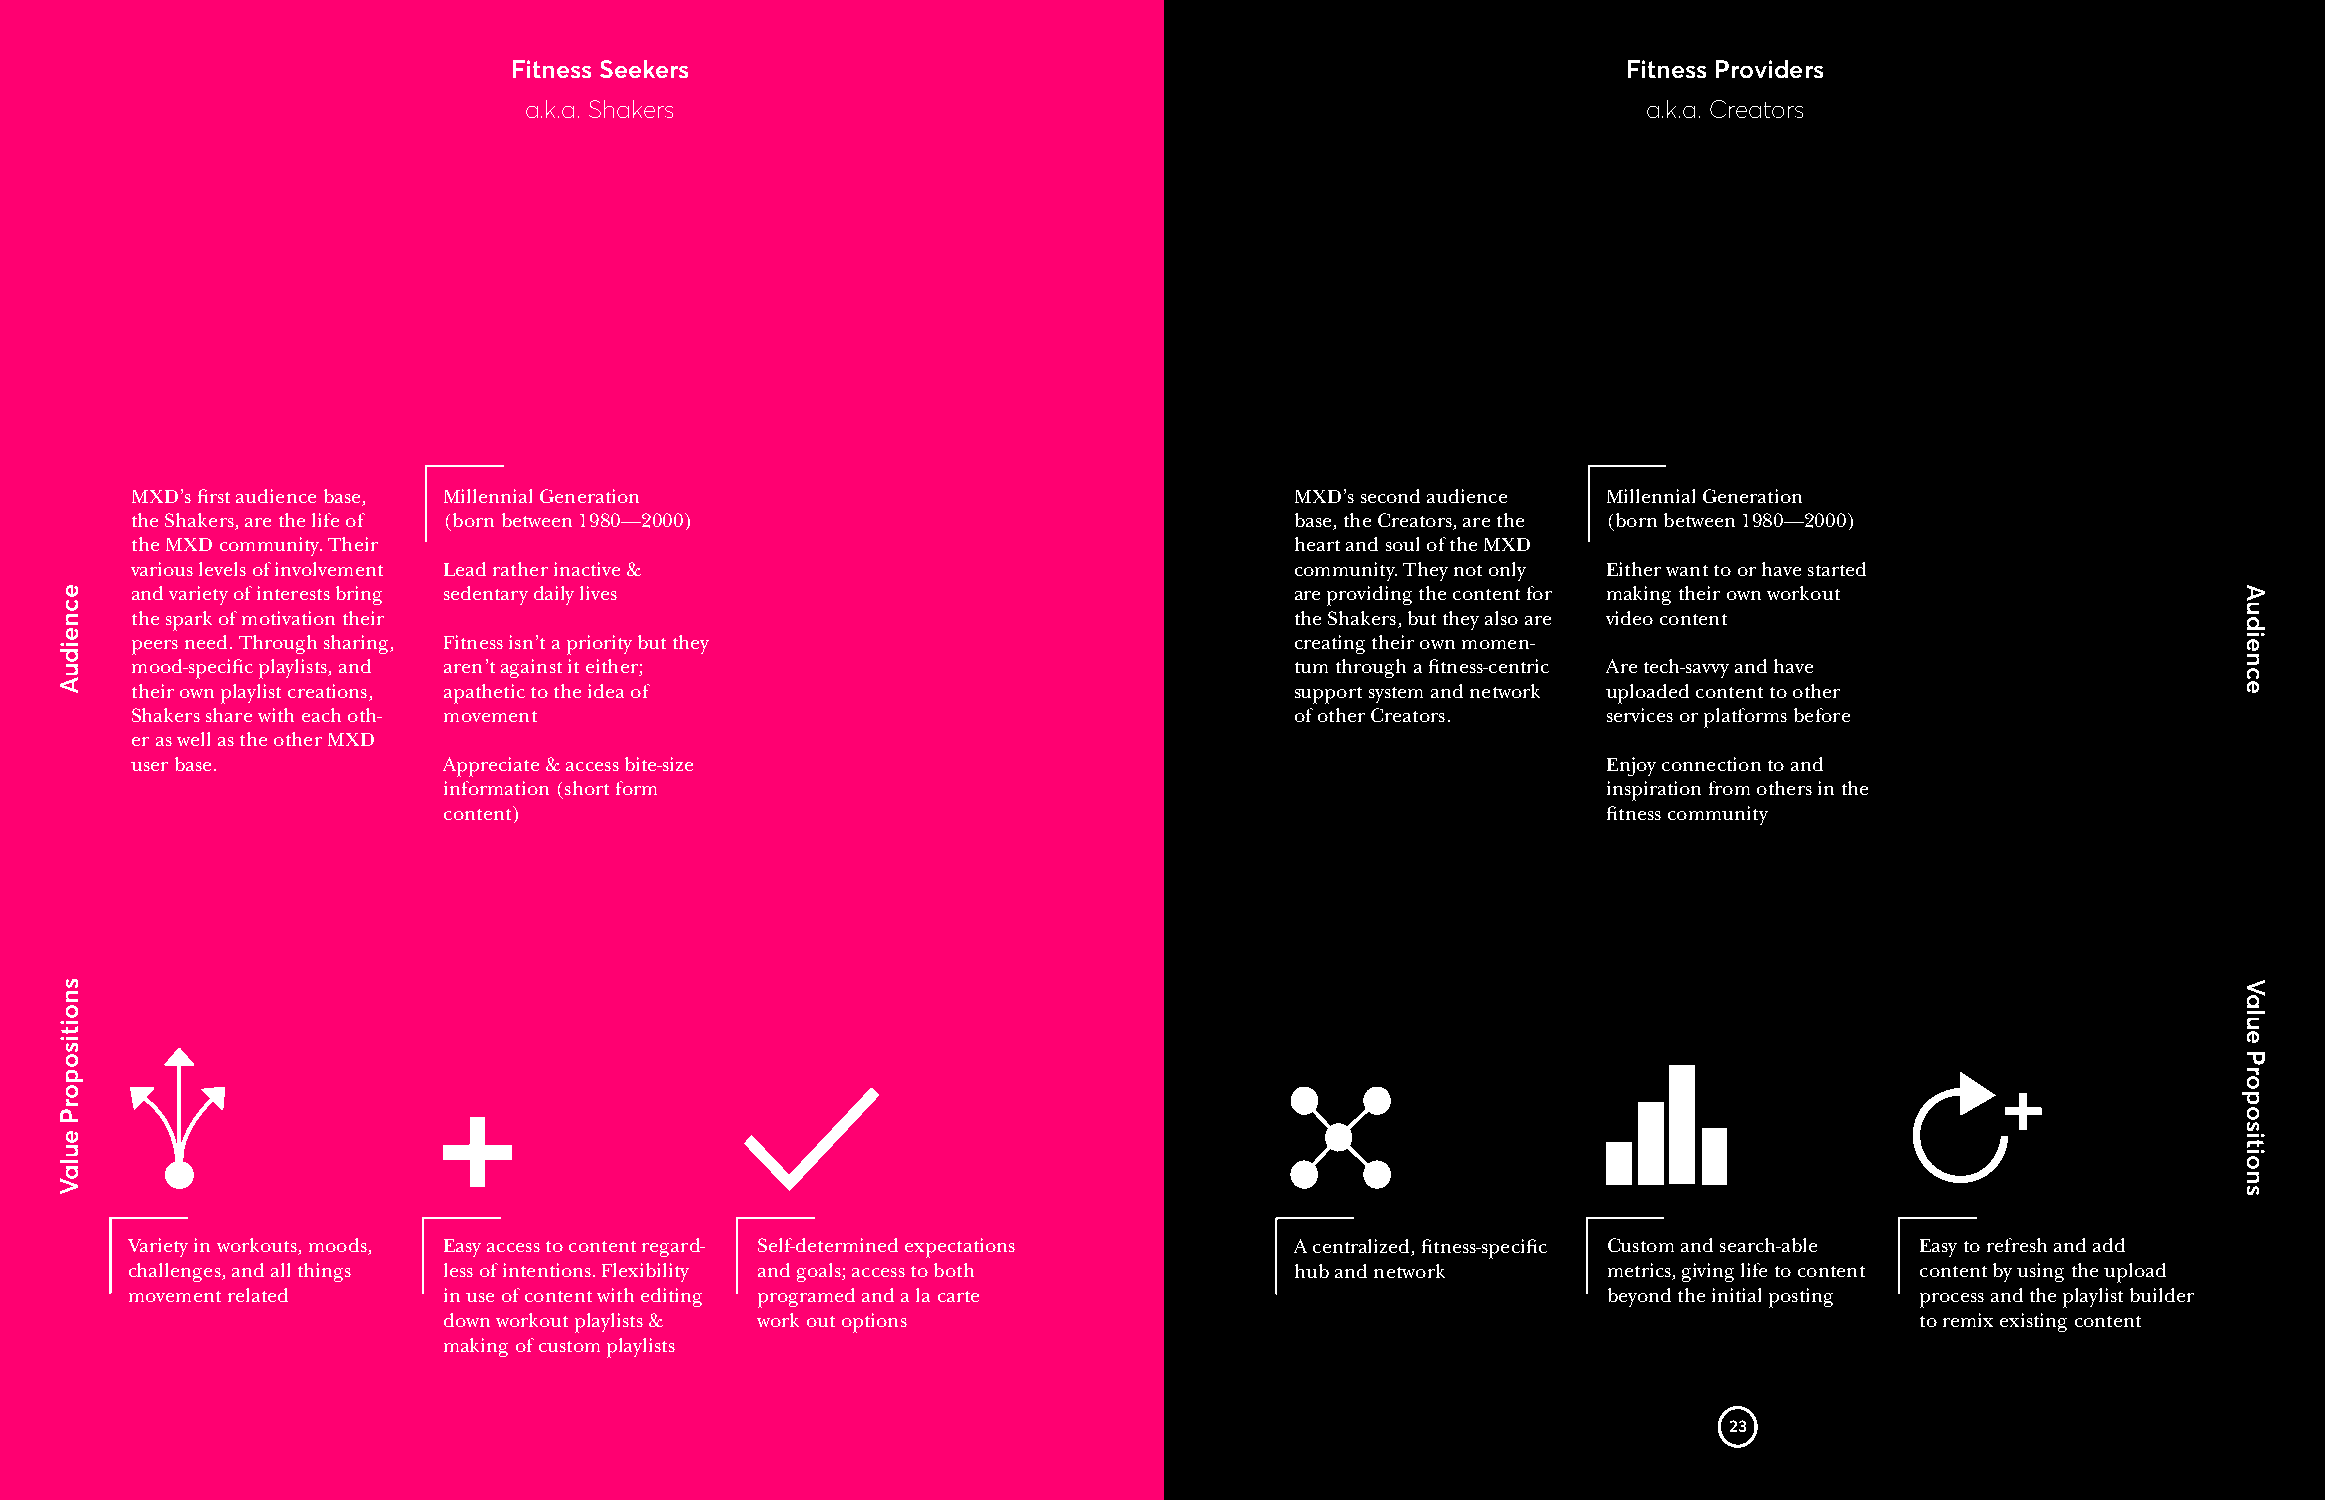
Fitness Seekers                                                           Fitness Providers
 a.k.a. Shakers                                                            a.k.a. Creators
 MXD’s first audience base, Millennial Generation                             MXD’s second audience Millennial Generation
 the Shakers, are the life of (born between 1980—2000)                        base, the Creators, are the (born between 1980—2000)
 the MXD community. Their                                                     heart and soul of the MXD
 various levels of involvement Lead rather inactive &                         community. They not only Either want to or have started
 and variety of interests bring sedentary daily lives                         are providing the content for making their own workout
 the spark of motivation their                                                the Shakers, but they also are video content
 peers need. Through sharing, Fitness isn’t a priority but they               creating their own momen-
 mood-specific playlists, and aren’t against it either;                       tum through a fitness-centric Are tech-savvy and have
 their own playlist creations, apathetic to the idea of                       support system and network uploaded content to other
 Shakers share with each oth- movement                                        of other Creators.  services or platforms before
 er as well as the other MXD
 user base.          Appreciate & access bite-size                                                Enjoy connection to and
 information (short form                                                      inspiration from others in the
 content)                                                                     fitness community
 +
 +
 Variety in workouts, moods, Easy access to content regard- Self-determined expectations A centralized, fitness-specific Custom and search-able Easy to refresh and add
 challenges, and all things less of intentions. Flexibility and goals; access to both hub and network metrics, giving life to content content by using the upload
 movement related     in use of content with editing programed and a la carte                      beyond the initial posting process and the playlist builder
 down workout playlists & work out options                                                         to remix existing content
 making of custom playlists
 23
 ecneiduA
 snoitisoporP
 eulaV
 Audience
 Value
 Propositions